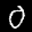
Label: 0